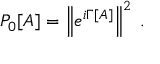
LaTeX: P _ { 0 } [ A ] = \left\Vert e ^ { i \Gamma [ A ] } \right\Vert ^ { 2 } \; .